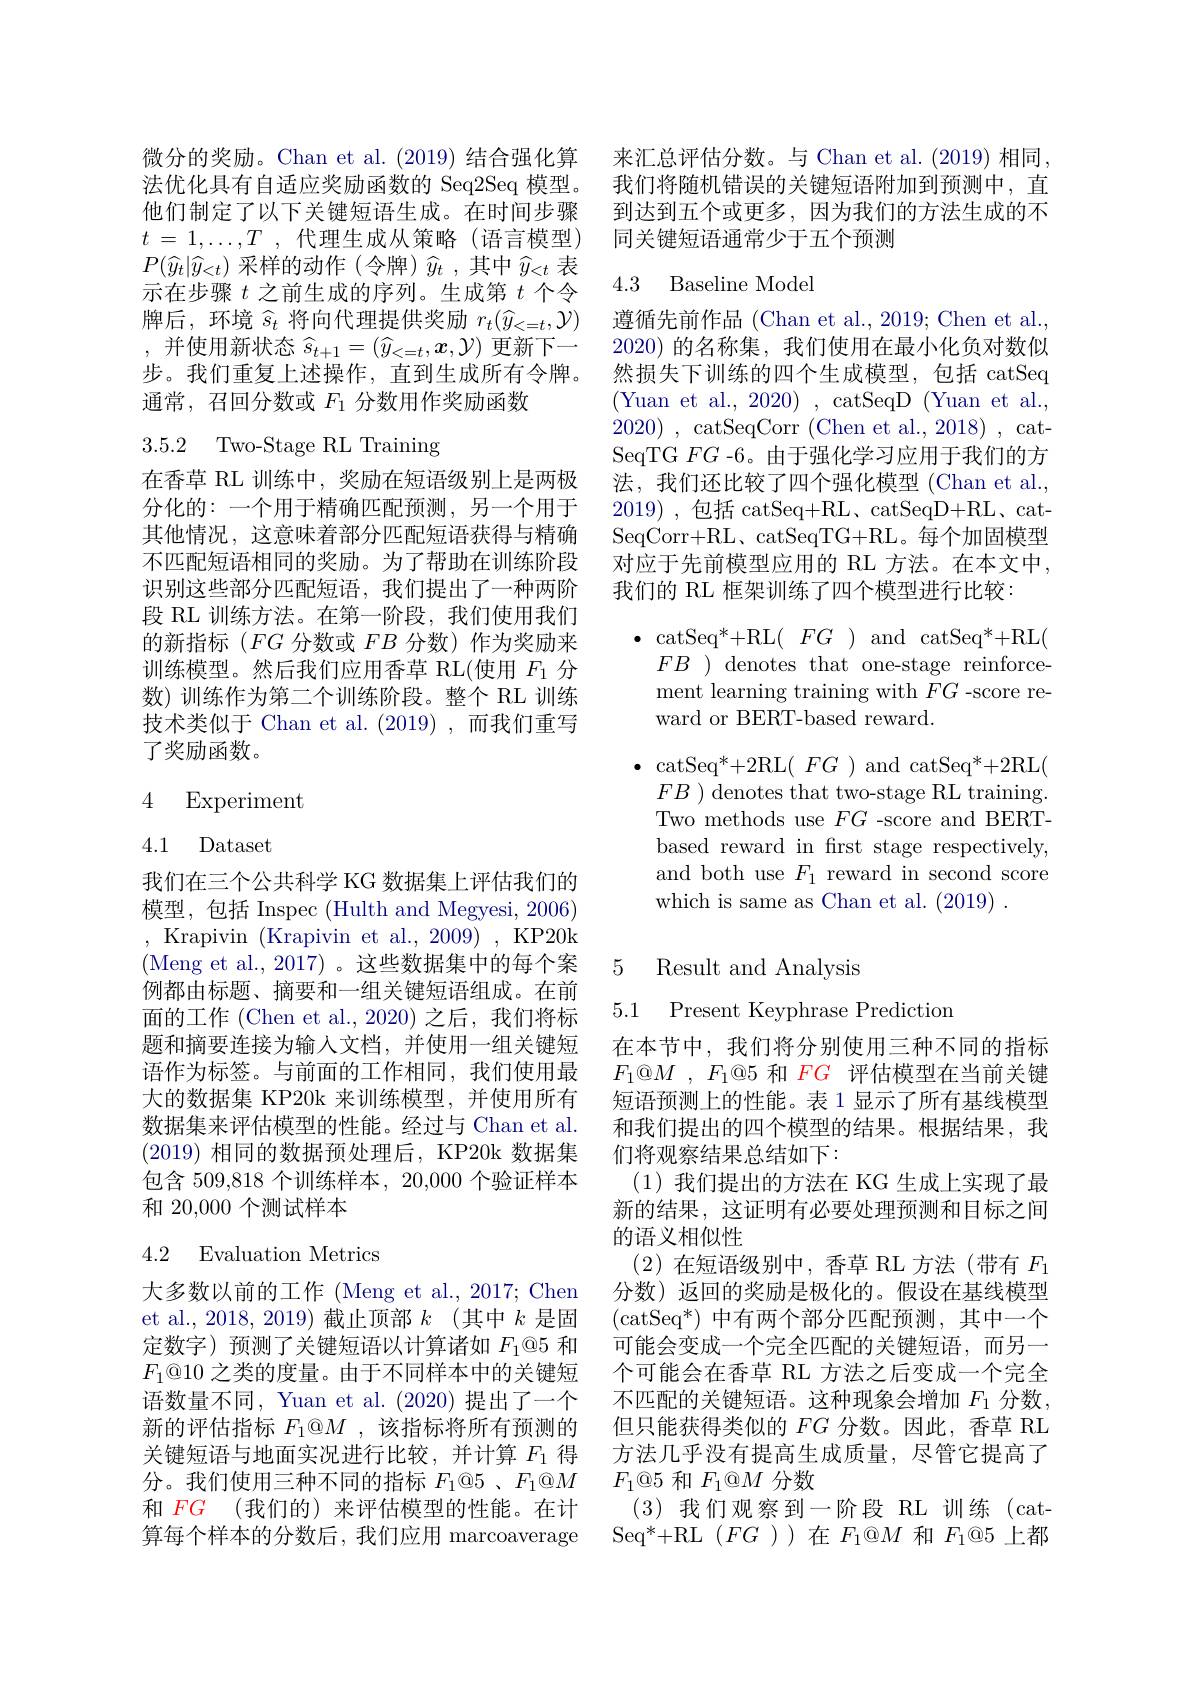
$t$ = $1, \ldots , T$ ,代理生成从策略 (语言模型) $P(\widehat{y}_t|\widehat{y}_{<t})$采样的动作(令牌)$\widehat{y}_t$ ,其中$\widehat{y}_{<t}$表示在步骤$t$之前生成的序列。生成第$t$个令牌后，环境$\widehat{s}_t$将向代理提供奖励$r_t(\widehat{y}_{<=t},\mathcal{Y})$ ,并使用新状态$\widehat{s}_t+1=(\widehat{y}_{<=t},x,\mathcal{Y})$更新下一步。我们重复上述操作，直到生成所有令牌。通常，召回分数或$F_{1}$分数用作奖励函数

3.5.2 Two-Stage RL Training

在香草 RL 训练中，奖励在短语级别上是两极分化的：一个用于精确匹配预测，另一个用于其他情况，这意味着部分匹配短语获得与精确不匹配短语相同的奖励。为了帮助在训练阶段识别这些部分匹配短语，我们提出了一种两阶段 RL 训练方法。在第一阶段，我们使用我们的新指标(FG 分数或$FB$分数)作为奖励来训练模型。然后我们应用香草 RL(使用$F_{1}$分数)训练作为第二个训练阶段。整个 RL 训练技术类似于 Chan et al. (2019) ,而我们重写了奖励函数。

## 4 Experiment

## 4.1 Dataset

我们在三个公共科学 KG 数据集上评估我们的模型，包括 Inspec (Hulth and Megyesi, 2006) ,Krapivin (Krapivin et al.$,2009)~$,KP20k (Meng et al., 2017)。这些数据集中的每个案例都由标题、摘要和一组关键短语组成。在前面的工作 (Chen et al.,2020) 之后，我们将标题和摘要连接为输入文档，并使用一组关键短语作为标签。与前面的工作相同，我们使用最大的数据集 KP20k 来训练模型，并使用所有数据集来评估模型的性能。经过与 Chan et al. (2019)相同的数据预处理后，KP20k 数据集包含 509,818 个训练样本，20,000 个验证样本和 20,000 个测试样本

## 4.2 Evaluation Metrics

大多数以前的工作 (Meng et al., 2017; Chen et al., 2018, 2019) 截止顶部$k$ (其中$k$是固定数字)预测了关键短语以计算诸如$F_1@5$和$F_1@$10 之类的度量。由于不同样本中的关键短时间语数量不同，Yuan et al. (2020) 提出了一个新的评估指标$F_1@M$ ,该指标将所有预测的关键短语与地面实况进行比较，并计算$F_{1}$得分。我们使用三种不同的指标$F_1@ 5$ , $F_1@ M$ 算每个样本的分数后，我们应用 marcoaverage

微分的奖励。Chan et al. (2019) 结合强化算 来汇总评估分数。与 Chan et al.(2019) 相同法优化具有自适应奖励函数的 Seq2Seq 模型。我们将随机错误的关键短语附加到预测中，直他们制定了以下关键短语生成。在时间步骤 到达到五个或更多，因为我们的方法生成的不
同关键短语通常少于五个预测

## 4.3 Baseline Model

遵循先前作品 (Chan et al., 2019; Chen et al. 2020)的名称集，我们使用在最小化负对数似然损失下训练的四个生成模型，包括 catSeq (Yuan et al., 2020) , catSeqD (Yuan et al., 2020) , catSeqCorr(Chen et al.,2018) , catSeqTG $FG$ -6。由于强化学习应用于我们的方法，我们还比较了四个强化模型 (Chan et al., 2019) , $包 括$ $catSeq+ RL、 catSeqD+ RL、 cat-$ SeqCorr+RL、catSeqTG+RL。每个加固模型对应于先前模型应用的 RL 方法。在本文中， 我们的 RL 框架训练了四个模型进行比较：

$\bullet$catSeq$^*+$RL$(\begin{array}{cc}{FG}\end{array})\mathrm{~and~catSeq}^*+$RL( $FB$ ) denotes that one-stage reinforcement learning training with $FG$ -score reward or BERT-based reward.

$\bullet$catSeq$^*+2$RL( $FG)$ and catSeq$^*+2$RL(
$FB$ ) denotes that two-stage RL training Two methods use $FG$ -score and BERTbased reward in frst stage respectively, and both use $F_1$ reward in second score which is same as Chan et al. (2019) .

5 Result and Analysis

5.1 Present Keyphrase Prediction

在本节中，我们将分别使用三种不同的指标$F_1@ M$ , $F_1@ 5$和$FG$评估模型在当前关键短语预测上的性能。表 1 显示了所有基线模型和我们提出的四个模型的结果。根据结果，我们将观察结果总结如下：
(1)我们提出的方法在 KG 生成上实现了最新的结果，这证明有必要处理预测和目标之间的语义相似性
(2)在短语级别中，香草 RL 方法(带有$F_1$ 分数)返回的奖励是极化的。假设在基线模型$(\mathrm{catSeq}^{*})$中有两个部分匹配预测，其中一个可能会变成一个完全匹配的关键短语，而另一个可能会在香草 RL 方法之后变成一个完全不匹配的关键短语。这种现象会增加$F_{1}$分数但只能获得类似的$FG$分数。因此，香草 RL 方法几乎没有提高生成质量，尽管它提高了$F_1@5$和$F_1@M$分数
和$\color{red}{FG}$ (我们的)来评估模型的性能。在计   (3) 我们观察到一阶段 RL 训练 (cat-
Seq$^*+$RL$(FG)$)在$F_1$@$M$ 和 $F_1$@5上都